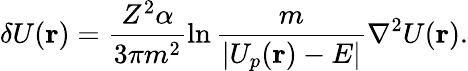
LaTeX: \delta U({\mathbf r})=\frac{Z^{2}\alpha}{3\pi m^{2}}\ln\frac{m}{|U_{p}({\mathbf r})-E|}\nabla^{2}U({\mathbf r}).